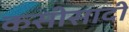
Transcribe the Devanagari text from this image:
कसीसादी